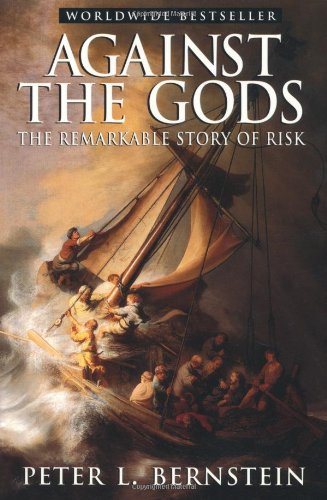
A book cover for Against the Gods: The Remarkable Story of Risk; Peter L. Bernstein; Business & Money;